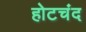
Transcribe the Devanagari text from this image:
होटचंद